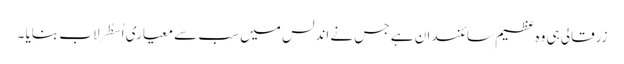
زرقالی ہی وہ عظیم سائنسدان ہے جس نے اندلس میں سب سے معیاری اُسطُرلاب بنایا ۔